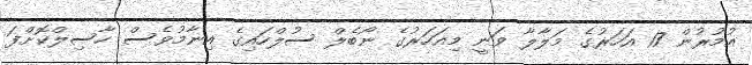
އުމުރުން 17 އަހަރުގެ މަލާލާ ވަނީ މިއަހަރުގެ ނޯބެލް ސުލްހައިގެ އިނާމުވެސް ހާސިލްކޮށްފަ